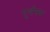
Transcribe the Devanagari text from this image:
पूर्वस्थ